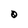
Character: 0